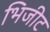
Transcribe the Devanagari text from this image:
भिजीट